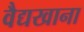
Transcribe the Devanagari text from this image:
वैद्यखाना